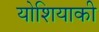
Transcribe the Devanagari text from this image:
योशियाकी